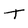
Character: t